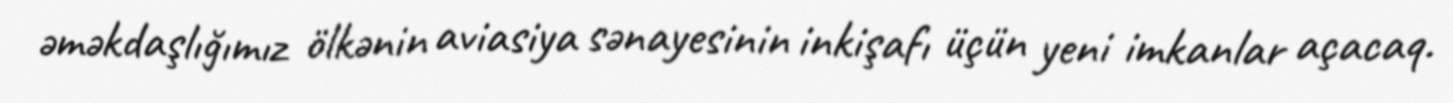
əməkdaşlığımız ölkənin aviasiya sənayesinin inkişafı üçün yeni imkanlar açacaq.